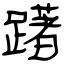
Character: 躇